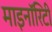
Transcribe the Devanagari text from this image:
माइनॉरिटी